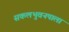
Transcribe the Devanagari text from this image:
सकलभुवनपाला